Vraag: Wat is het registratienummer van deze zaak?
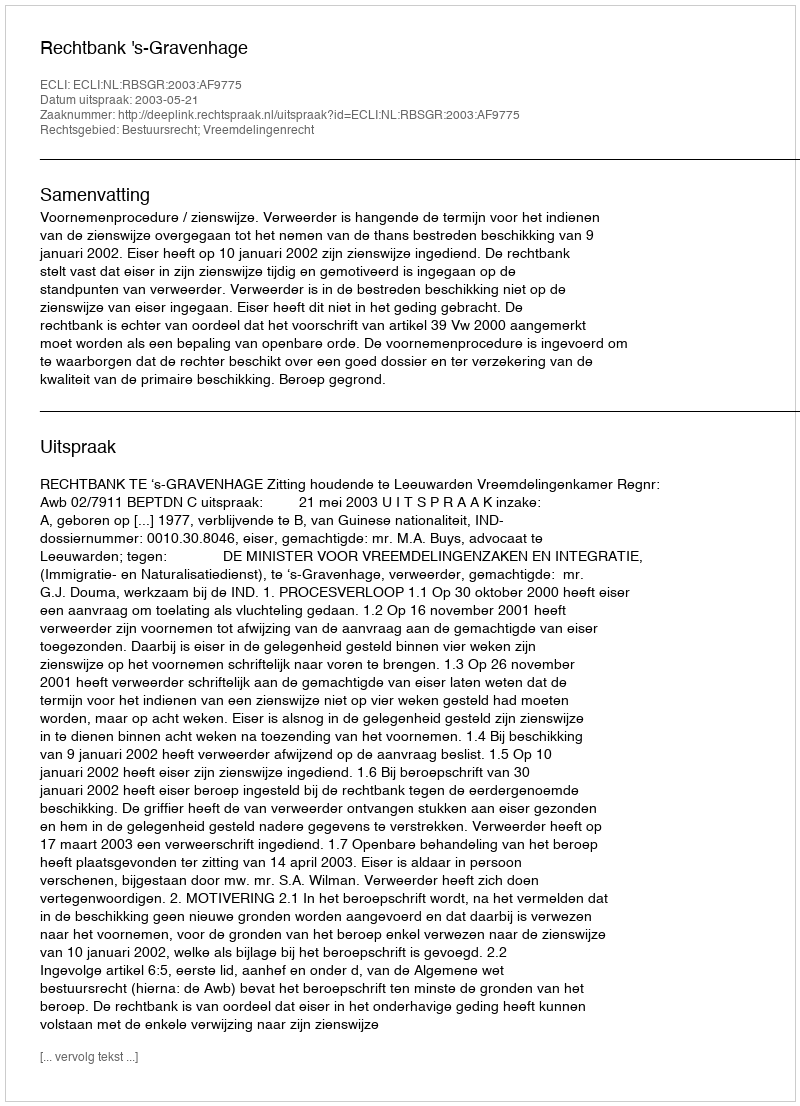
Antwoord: http://deeplink.rechtspraak.nl/uitspraak?id=ECLI:NL:RBSGR:2003:AF9775